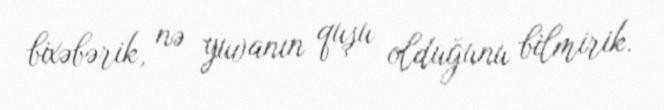
bixəbərik, nə yuvanın quşu olduğunu bilmirik.